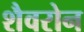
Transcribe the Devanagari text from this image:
शैवरोन